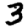
Digit: 3